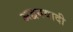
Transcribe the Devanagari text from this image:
अद्वयवादी